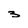
Character: 3